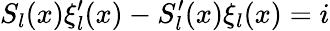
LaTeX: S_{l}(x)\xi_{l}^{\prime}(x)-S_{l}^{\prime}(x)\xi_{l}(x)=i